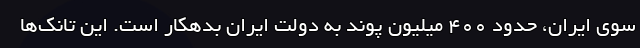
سوی ایران، حدود 400 میلیون پوند به دولت ایران بدهکار است. این تانک‌ها